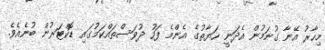
މިހާރު އޭނާ ގުނަމުން އެދަނީ ހަޔާތުގެ އެންމެ ފަހު ދުވަސްތައްކަމުގައި ޑޮކްޓަރުން ބުނެއެވެ.